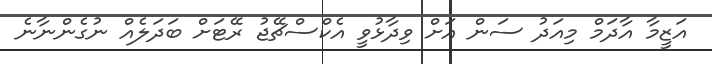
އަޒީމާ އާދަމް މިއަދު ސަން އަށް ވިދާޅުވީ އެކްސްޗޭޖު ރޭޓަށް ބަދަލެއް ނުގެންނާނެ